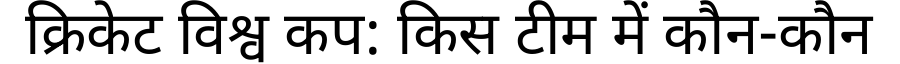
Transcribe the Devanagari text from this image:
क्रिकेट विश्व कप: किस टीम में कौन-कौन